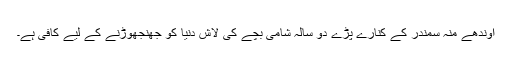
اوندھے منہ سمندر کے کنارے پڑے دو سالہ شامی بچے کی لاش دنیا کو جھنجھوڑنے کے لیے کافی ہے۔